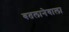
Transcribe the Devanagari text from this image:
बतलानेवाला